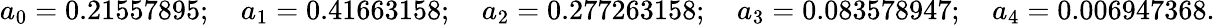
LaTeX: a_{0}=0.21557895;\quad a_{1}=0.41663158;\quad a_{2}=0.277263158;\quad a_{3}=0.083578947;\quad a_{4}=0.006947368.